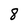
Character: 8